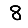
Digit: 8